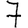
Digit: 7